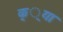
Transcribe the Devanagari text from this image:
क््या